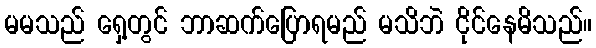
မမသည် ရှေ့တွင် ဘာဆက်ပြောရမည် မသိဘဲ ငိုင်နေမိသည်။